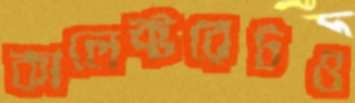
কালেক্টরেটও